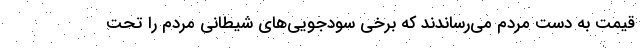
قیمت به دست مردم می‌رساندند که برخی سودجویی‌های شیطانی مردم را تحت